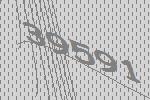
39591